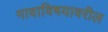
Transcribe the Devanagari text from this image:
गावाविषयावरील